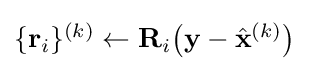
{\textstyle \{\mathbf {r} _{i}\}^{(k)}\gets \mathbf {R} _{i}{\big (}\mathbf {y} -{\hat {\mathbf {x} }}^{(k)}{\big )}}